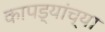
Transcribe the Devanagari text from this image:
कापड्यांच्या